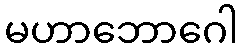
မဟာဘောဂေါ